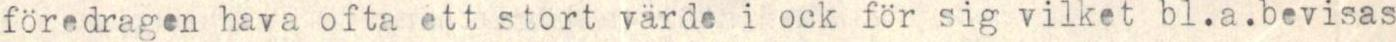
föredragen hava ofta ett stort värde i ock för sig vilket bl.a.bevisas